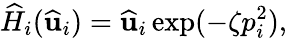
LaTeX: \widehat{H}_{i}(\widehat{\mathbf{u}}_{i})=\widehat{\mathbf{u}}_{i}\exp(-\zeta p_{i}^{2}),